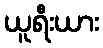
ယူရီးယား